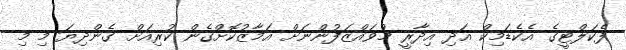
ފެކަލްޓީގެ އެކެޑަމިކް އަދި އިދާރީ މުވައްޒަފުންނަށް އަމާޒުކޮށްގެން ކުރިއަށް ގެންދިޔަ މި މި